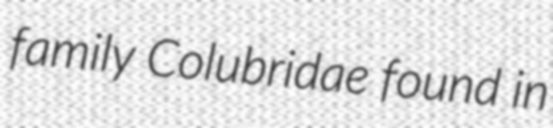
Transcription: family Colubridae found in